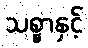
သစ္စာနှင့်